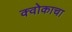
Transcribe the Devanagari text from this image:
क्वोकाचा